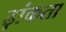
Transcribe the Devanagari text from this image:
ढ़ांकता